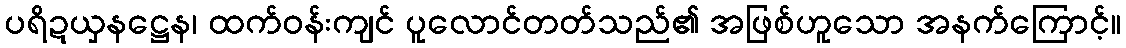
ပရိဍယှနဋ္ဌေန၊ ထက်ဝန်းကျင် ပူလောင်တတ်သည်၏ အဖြစ်ဟူသော အနက်ကြောင့်။